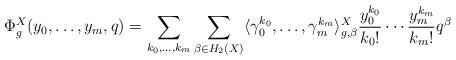
LaTeX: \begin{align*}\Phi_g^X(y_0, \ldots, y_m, q) = \sum_{k_0, \ldots, k_m} \sum_{\beta \in H_2(X)} \langle\gamma_0^{k_0}, \ldots, \gamma_m^{k_m}\rangle_{g,\beta}^X \frac{y_0^{k_0}}{k_0!} \cdots \frac{y_m^{k_m}}{k_m!} q^\beta\end{align*}